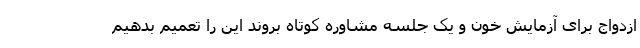
ازدواج برای آزمایش خون و یک جلسه مشاوره کوتاه بروند این را تعمیم بدهیم